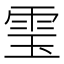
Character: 𮸬